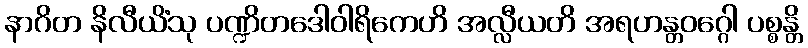
နာဂိတ နိလီယိံသု ပဏ္ဍိတဒေါဝါရိကေဟိ အလ္လီယတိ အရဟန္တဝဂ္ဂေါ ပစ္စန္တိ